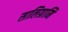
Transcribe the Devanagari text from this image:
सालिग्रामि